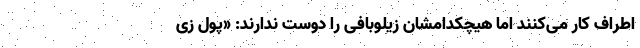
اطراف کار می‌کنند اما هیچکدامشان زیلوبافی را دوست ندارند: «پول زی